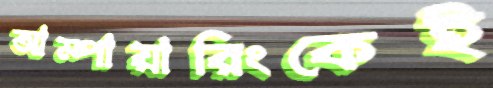
আম্পায়ারিংকেই